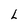
Character: L